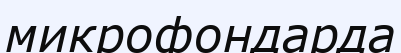
микрофондарда